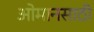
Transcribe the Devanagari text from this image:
ओमानसाठी